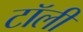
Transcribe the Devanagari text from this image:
टॉली